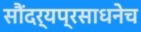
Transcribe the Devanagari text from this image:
सौंदर्यप्रसाधनेच